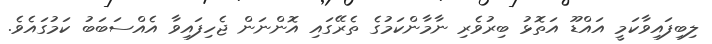
ލިބިފައިވާކަމީ އައްޑޫ އަތޮޅު ބިރުވެރި ނާމާންކަމުގެ ތެރޭގައި އޮންނަން ޖެހިފައިވާ އެއްސަބަބު ކަމުގައެވެ.